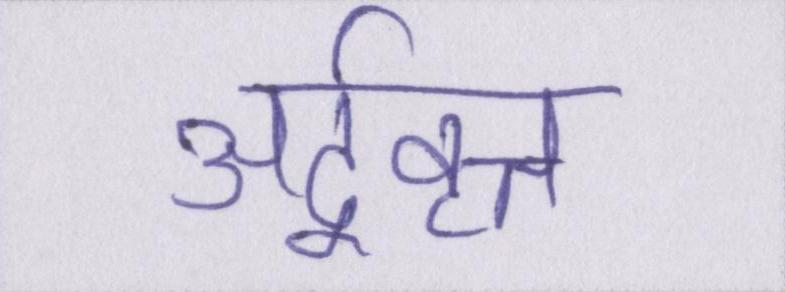
अर्द्ववृत्त